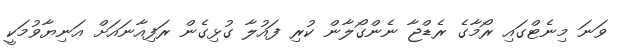
ވަނަ މިނެޓްގައި ރޯމާގެ ރެޑްޖާ ނެންގޯލާން ކުރި ފައުލާ ގުޅިގެން ރަފިއާނައަށް އަނިޔާވުމަކީ